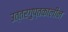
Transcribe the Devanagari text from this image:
उत्तरगुप्तकालीन